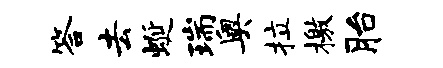
答去蜒瑞奥拉檄胎